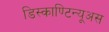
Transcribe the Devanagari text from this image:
डिस्काण्टिन्यूअस